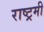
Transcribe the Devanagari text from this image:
राष्ट्रमी